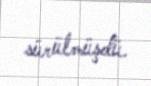
sürülmüşdü.